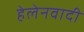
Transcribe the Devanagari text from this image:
हेलेनवादी